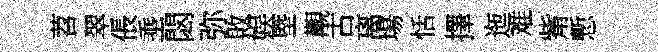
苕翠倀埀閟弥敗娱塈覯古离場恬擇迤难觜慙